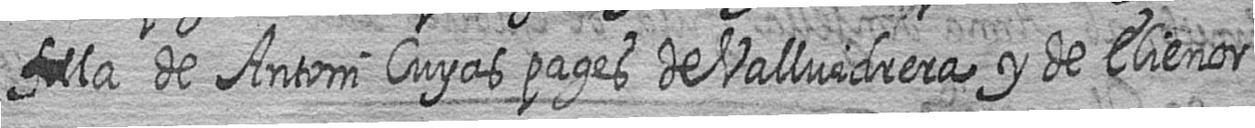
filla de Antoni Cuyas pages de Vallvidrera y de Elienor